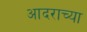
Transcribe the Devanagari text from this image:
आदराच्या